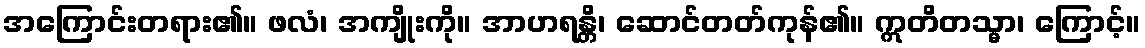
အကြောင်းတရား၏။ ဖလံ၊ အကျိုးကို။ အာဟရန္တိ၊ ဆောင်တတ်ကုန်၏။ ဣတိတသ္မာ၊ ကြောင့်။